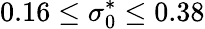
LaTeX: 0.16\leq\sigma_{0}^{*}\leq 0.38